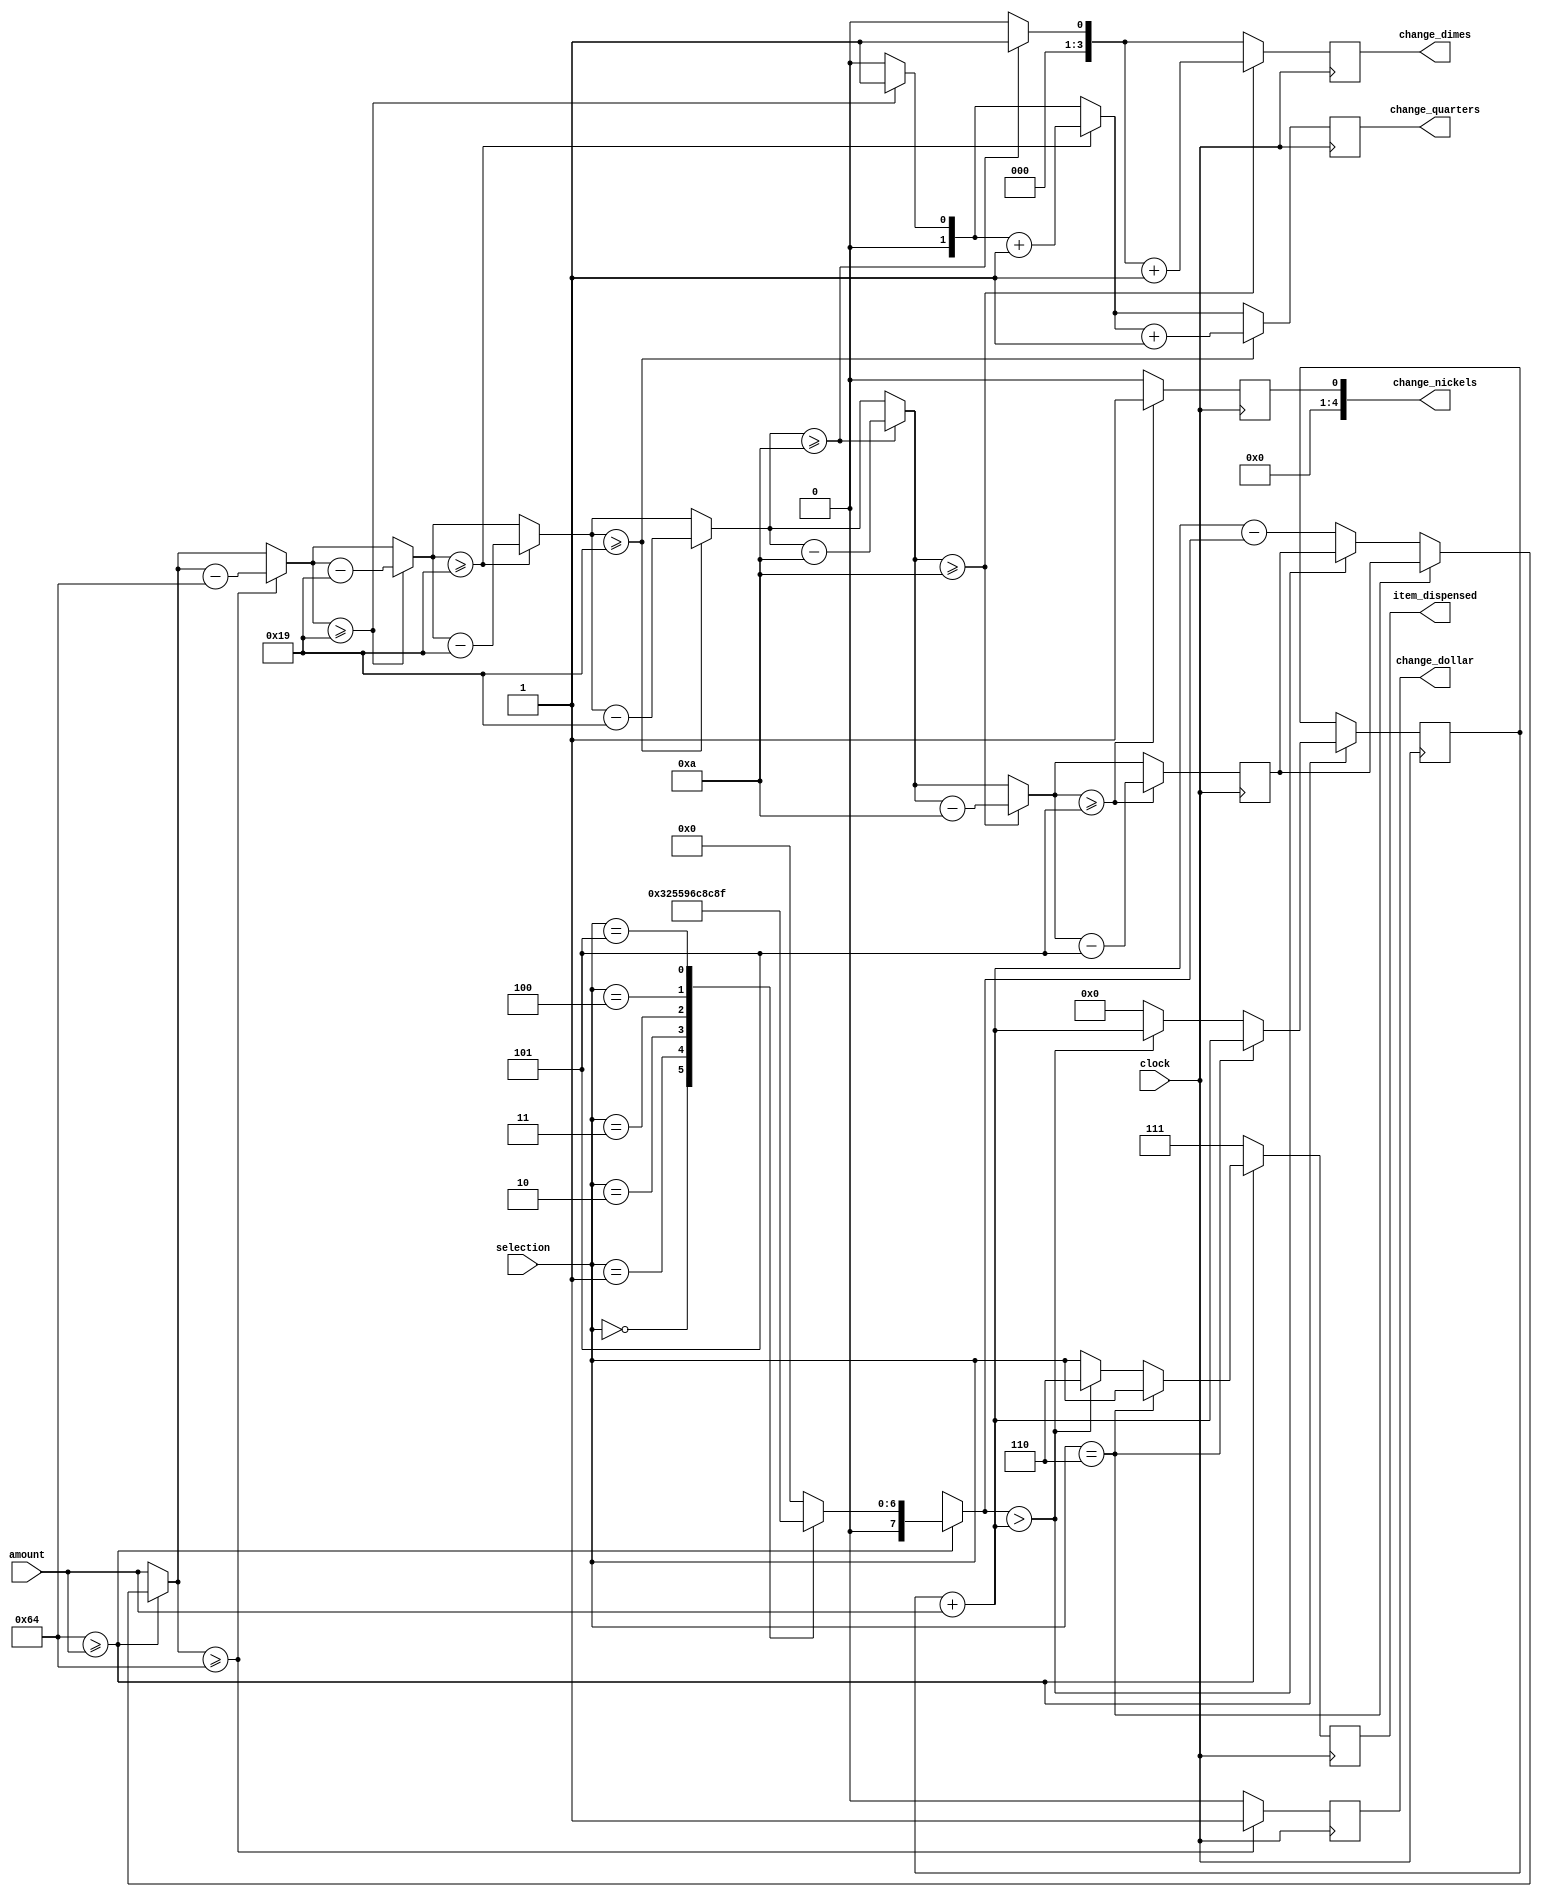
`timescale 1ns / 1ps
//////////////////////////////////////////////////////////////////////////////////
// Company: 
// Engineer: 
// 
// Design Name: 
// Module Name:    VendingMachine 
// Project Name: 
// Target Devices: 
// Tool versions: 
// Description: 
//
// Dependencies: 
//
// Revision: 
// Revision 0.01 - File Created
// Additional Comments: 
//
//////////////////////////////////////////////////////////////////////////////////
module VendingMachine(
    input [7:0] amount,
    input [2:0] selection,
    input clock,
    output reg[4:0] change_nickels = 0,
    output reg[3:0] change_dimes = 0,
    output reg[1:0] change_quarters = 0,
    output reg change_dollar = 0,
    output reg[2:0] item_dispensed = 0
    );

	reg[7:0] price = 0;
	reg[7:0] remain = 0;
	reg[7:0] keep = 0;
	parameter nickels=5, dimes=10, quarters=25;
	reg[7:0] dollar=100;
	integer i;

	always @ (posedge clock)
	begin // Block Name
		change_nickels = 0;
		change_dimes = 0;
		change_quarters = 0;
		change_dollar = 0;
		item_dispensed = selection;
		if (dollar >= amount)
		begin
			case (selection)
			0: price = 100;
			1: price = 85;
			2: price = 75;
			3: price = 50;
			4: price = 25;
			5: price = 15; 
			default: price = 0;
			endcase
			
			if (selection == 6)
			begin
				keep = keep + amount;
			end
			else if (price > keep + amount)
			begin
				item_dispensed = 6;
				keep = keep + amount;
			end 
			else
			begin
				remain = keep + amount - price;
				keep = 0;
			end
		end
		else
		begin 
			item_dispensed = 7;
			remain = amount;
		end
		if (remain >= 100)
		begin
			remain = remain - 8'b01100100;
			change_dollar = change_dollar + 1;
		end
		
		for (i=0;i<3;i=i+1)
		begin
		if (remain >= 25)
			begin
				remain = remain - 8'b00011001;
				change_quarters = change_quarters + 1;
			end
		end
		
		for (i=0;i<2;i=i+1)
		begin
		if (remain >= 10)
			begin
				remain = remain - 8'b00001010;
				change_dimes = change_dimes + 1;
			end
		end
		
		if (remain >= 5)
		begin
			remain = remain - 8'b00000101;
			change_nickels = change_nickels + 1;
		end
	end
endmodule